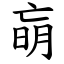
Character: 朚